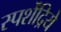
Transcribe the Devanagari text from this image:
स्पर्शेंद्रिये